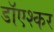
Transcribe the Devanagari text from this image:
डाॅएश्कर